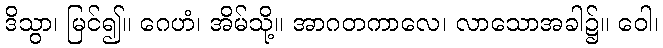
ဒိသွာ၊ မြင်၍။ ဂေဟံ၊ အိမ်သို့။ အာဂတကာလေ၊ လာသောအခါ၌။ ဝေါ၊